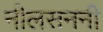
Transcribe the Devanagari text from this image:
नीलसननी